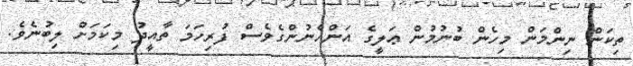
ތިކަން ނިންމަން މިހެން ބުނުމުން ޢަލީގެ އަންހެނުންގެވެސް ފުރިހަމަ ތާއީދު މިކަމަށް ލިބުނެވެ.